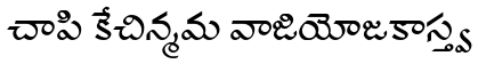
చాపి కేచిన్మమ వాజియోజకాస్త్వ